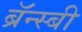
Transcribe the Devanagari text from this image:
ब्रॅन्स्बी